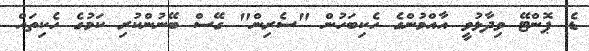
ޑެ ޕޮންޓޭ ވިދާޅުވީ އާއްމުންގެ ހެކިބަހުން "ސެރިން" ގޭސް ބޭނުންކުރި ކަމުގެ ހެކިތައް